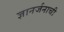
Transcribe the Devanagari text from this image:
ज्ञानर्जनाची